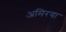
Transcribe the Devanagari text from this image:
अमिरया